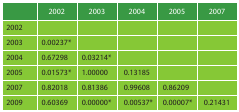
<table><thead><tr><td></td><td><b>2002</b></td><td><b>2003</b></td><td><b>2004</b></td><td><b>2005</b></td><td><b>2007</b></td></tr></thead><tbody><tr><td>2002</td><td></td><td></td><td></td><td></td><td></td></tr><tr><td>2003</td><td>0.00237*</td><td></td><td></td><td></td><td></td></tr><tr><td>2004</td><td>0.67298</td><td>0.03214*</td><td></td><td></td><td></td></tr><tr><td>2005</td><td>0.01573*</td><td>1.00000</td><td>0.13185</td><td></td><td></td></tr><tr><td>2007</td><td>0.82018</td><td>0.81386</td><td>0.99608</td><td>0.86209</td><td></td></tr><tr><td>2009</td><td>0.60369</td><td>0.00000*</td><td>0.00537*</td><td>0.00007*</td><td>0.21431</td></tr></tbody></table>